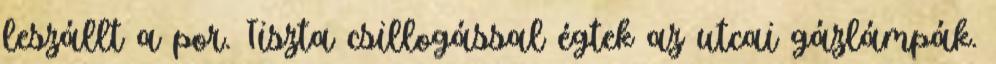
leszállt a por. Tiszta csillogással égtek az utcai gázlámpák.